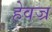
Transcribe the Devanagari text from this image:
हेवज्र